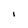
Character: I